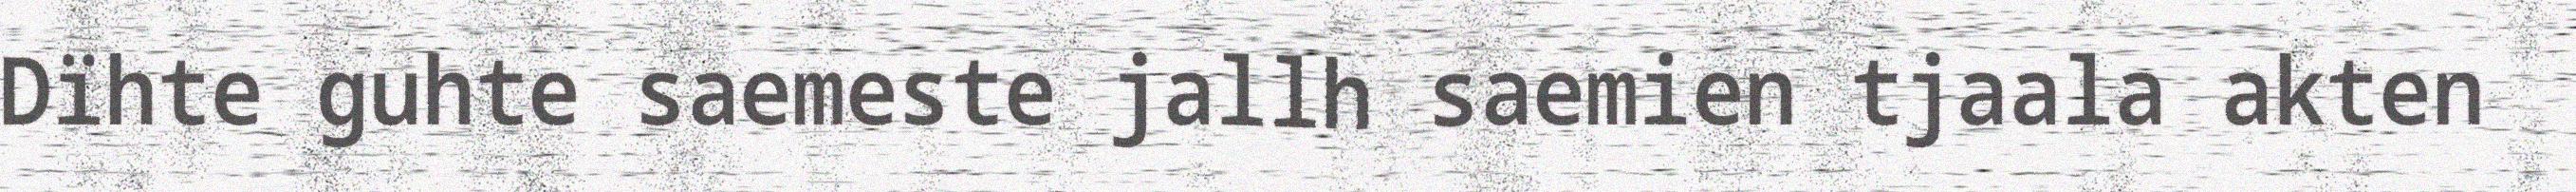
Dïhte guhte saemeste jallh saemien tjaala akten